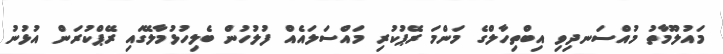
މައުލޫމާތު މުއްސަނދިވި އިބްތިހާލްގެ މަންމަ ރޭޕުކުރި މައްސަލައެއް ފުލުހުން ބެލިހުޅުމާލޭގައި ރޭޕްކުރަން އުޅުނު